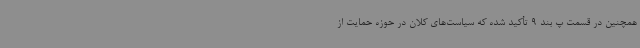
همچنین در قسمت پ بند 9 تأکید شده که سیاست‌های کلان در حوزه حمایت از